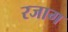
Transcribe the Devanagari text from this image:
रजाग